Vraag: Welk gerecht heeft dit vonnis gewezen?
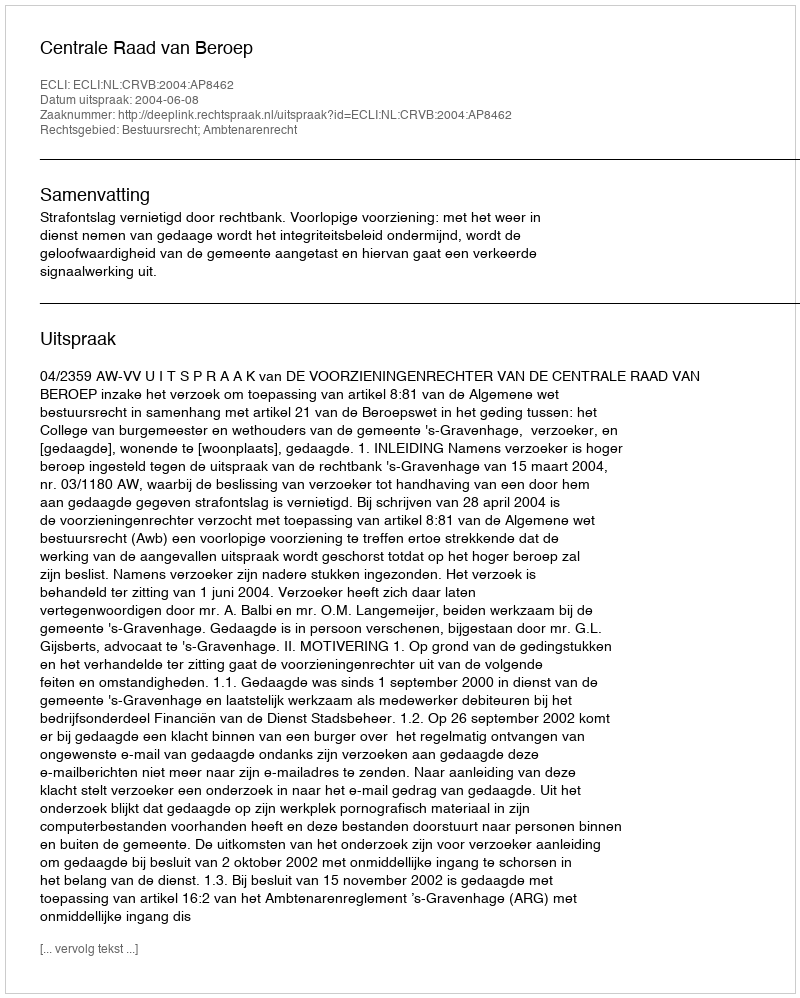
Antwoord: Centrale Raad van Beroep